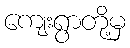
ကျေးရွာတို့မှ